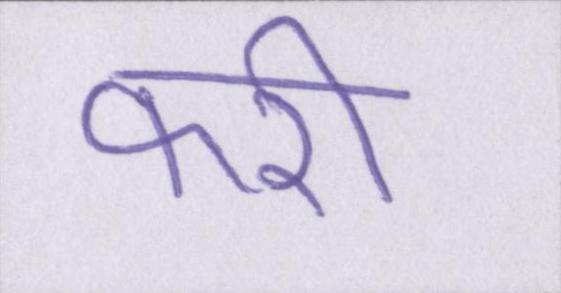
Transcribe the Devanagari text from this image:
फरी